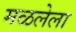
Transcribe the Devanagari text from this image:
मळलेला